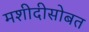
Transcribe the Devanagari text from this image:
मशीदीसोबत